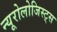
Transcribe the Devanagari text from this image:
न्यूरोलोजिस्ट्स